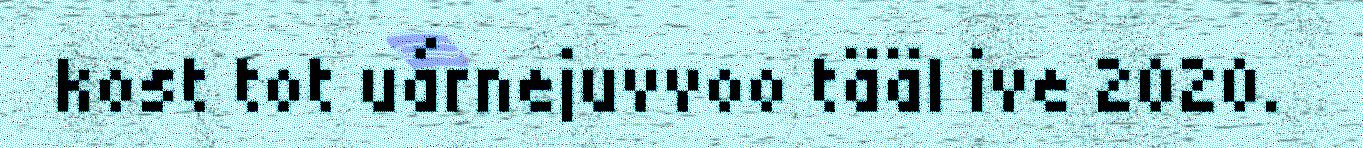
kost tot uárnejuvvoo tääl ive 2020.